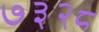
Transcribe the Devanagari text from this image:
७३२८